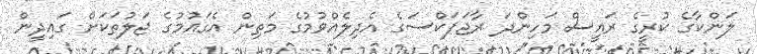
ލަންކާގެ ކުރީގެ ރައީސް މަހިންދަ ރާޖަޕަކްސަގެ އެދިލެއްވުމުގެ މަތިން އެގައުމުގެ ޖަލުތަކަށް ގައިދީން